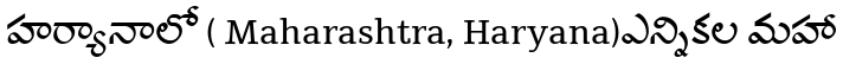
హర్యానాలో ( Maharashtra, Haryana)ఎన్నికల మహా